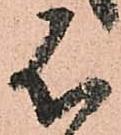
不